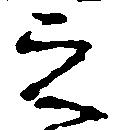
之